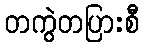
တကွဲတပြားစီ